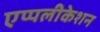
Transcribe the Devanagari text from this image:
एप्पलीकेशन